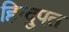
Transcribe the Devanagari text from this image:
हिन्दुपत